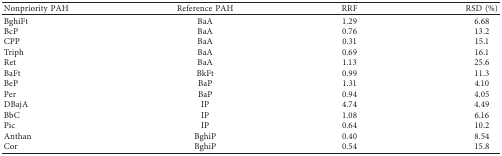
<table><thead><tr><td><b>Nonpriority PAH</b></td><td><b>Reference PAH</b></td><td><b>RRF</b></td><td><b>RSD (%)</b></td></tr></thead><tbody><tr><td>BghiFt</td><td>BaA</td><td>1.29</td><td>6.68</td></tr><tr><td>BcP</td><td>BaA</td><td>0.76</td><td>13.2</td></tr><tr><td>CPP</td><td>BaA</td><td>0.31</td><td>15.1</td></tr><tr><td>Triph</td><td>BaA</td><td>0.69</td><td>16.1</td></tr><tr><td>Ret</td><td>BaA</td><td>1.13</td><td>25.6</td></tr><tr><td>BaFt</td><td>BkFt</td><td>0.99</td><td>11.3</td></tr><tr><td>BeP</td><td>BaP</td><td>1.31</td><td>4.10</td></tr><tr><td>Per</td><td>BaP</td><td>0.94</td><td>4.05</td></tr><tr><td>DBajA</td><td>IP</td><td>4.74</td><td>4.49</td></tr><tr><td>BbC</td><td>IP</td><td>1.08</td><td>6.16</td></tr><tr><td>Pic</td><td>IP</td><td>0.64</td><td>10.2</td></tr><tr><td>Anthan</td><td>BghiP</td><td>0.40</td><td>8.54</td></tr><tr><td>Cor</td><td>BghiP</td><td>0.54</td><td>15.8</td></tr></tbody></table>